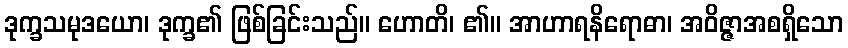
ဒုက္ခသမုဒယော၊ ဒုက္ခ၏ ဖြစ်ခြင်းသည်။ ဟောတိ၊ ၏။ အာဟာရနိရောဓာ၊ အဝိဇ္ဇာအစရှိသော